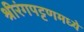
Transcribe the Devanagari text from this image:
श्रीरंगपट्टणमध्ये